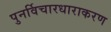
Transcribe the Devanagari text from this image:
पुनर्विचारधाराकरण